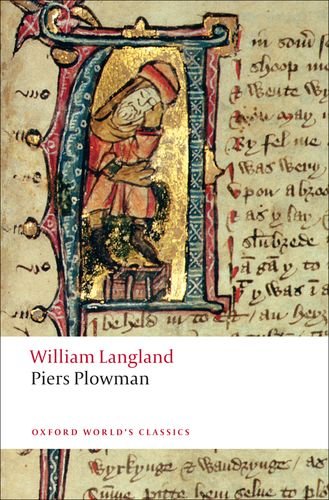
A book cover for Piers Plowman: A New Translation of the B-text (Oxford World's Classics); William Langland; Literature & Fiction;